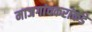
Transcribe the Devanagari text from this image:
माजगांवकरांकडे